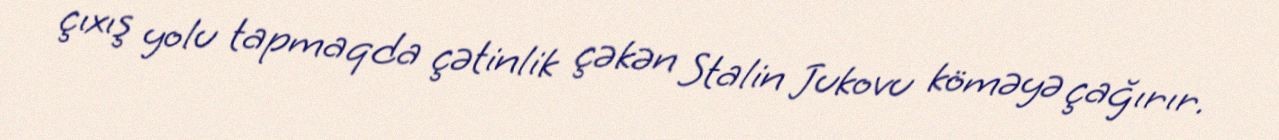
çıxış yolu tapmaqda çətinlik çəkən Stalin Jukovu köməyə çağırır.